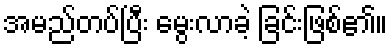
အမည်တပ်ပြီး မွေးလာခဲ့ ခြင်းဖြစ်၏။